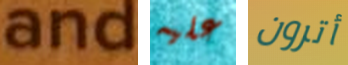
and عليه أترون